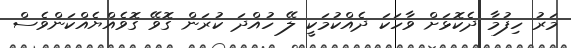
މަރު ހިފުމާ ދެކޮޅަށް ވާހަކަ ދެއްކުމަކީ ލޭ ހުއްދަ ކުރަން ގޮވޭ ގޮވެއްޔެއްކަންވެސް